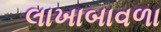
લાખાબાવળા